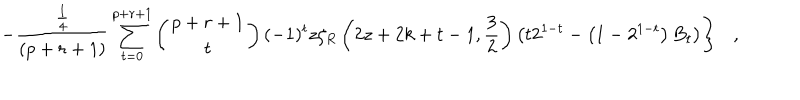
\left. - { \frac { \frac { 1 } { 4 } } { ( p + r + 1 ) } } \sum _ { t = 0 } ^ { p + r + 1 } \left( \begin{array} { c } { { p + r + 1 } } \\ { { t } } \\ \end{array} \right) ( - 1 ) ^ { t } z \zeta _ { R } \left( 2 z + 2 k + t - 1 , { \frac { 3 } { 2 } } \right) \left( t 2 ^ { 1 - t } - \left( 1 - 2 ^ { 1 - t } \right) B _ { t } \right) \right\} ,